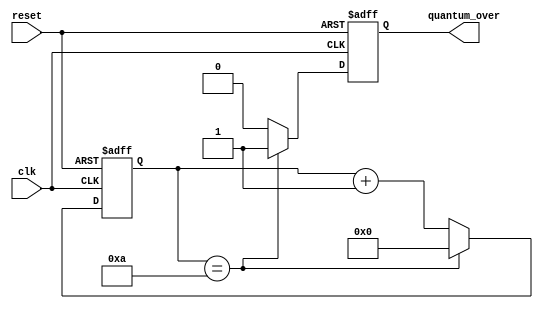
module contador_quantum(clk, quantum_over, reset);
	
	parameter quantum = 10;
	
	input clk, reset;
	output reg quantum_over;
	
	reg [6:0] contador;
	
	always @ (posedge clk or posedge reset)
	begin
		if(reset == 1)
		begin
			contador <= 0;
			quantum_over <= 0;
		end
		else if (contador == quantum)
			begin
				contador <= 0;
				quantum_over <= 1;
			end
		else
			begin
				contador<= contador+1;
				quantum_over <= 0;
			end
		
	end
	
endmodule